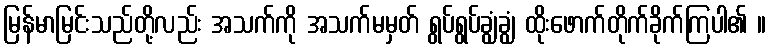
မြန်မာမြင်းသည်တို့လည်း အသက်ကို အသက်မမှတ် ရွပ်ရွပ်ချွံချွံ ထိုးဖောက်တိုက်ခိုက်ကြပါ၏ ။